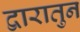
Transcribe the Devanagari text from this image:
द्वारातुन